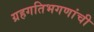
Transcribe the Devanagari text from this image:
ग्रहगतिभगणांची